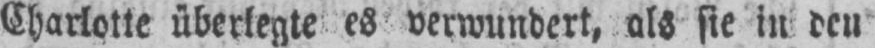
Charlotte überlegte es verwundert, als sie in den